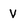
Character: V